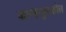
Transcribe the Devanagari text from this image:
कान्हापुरातील